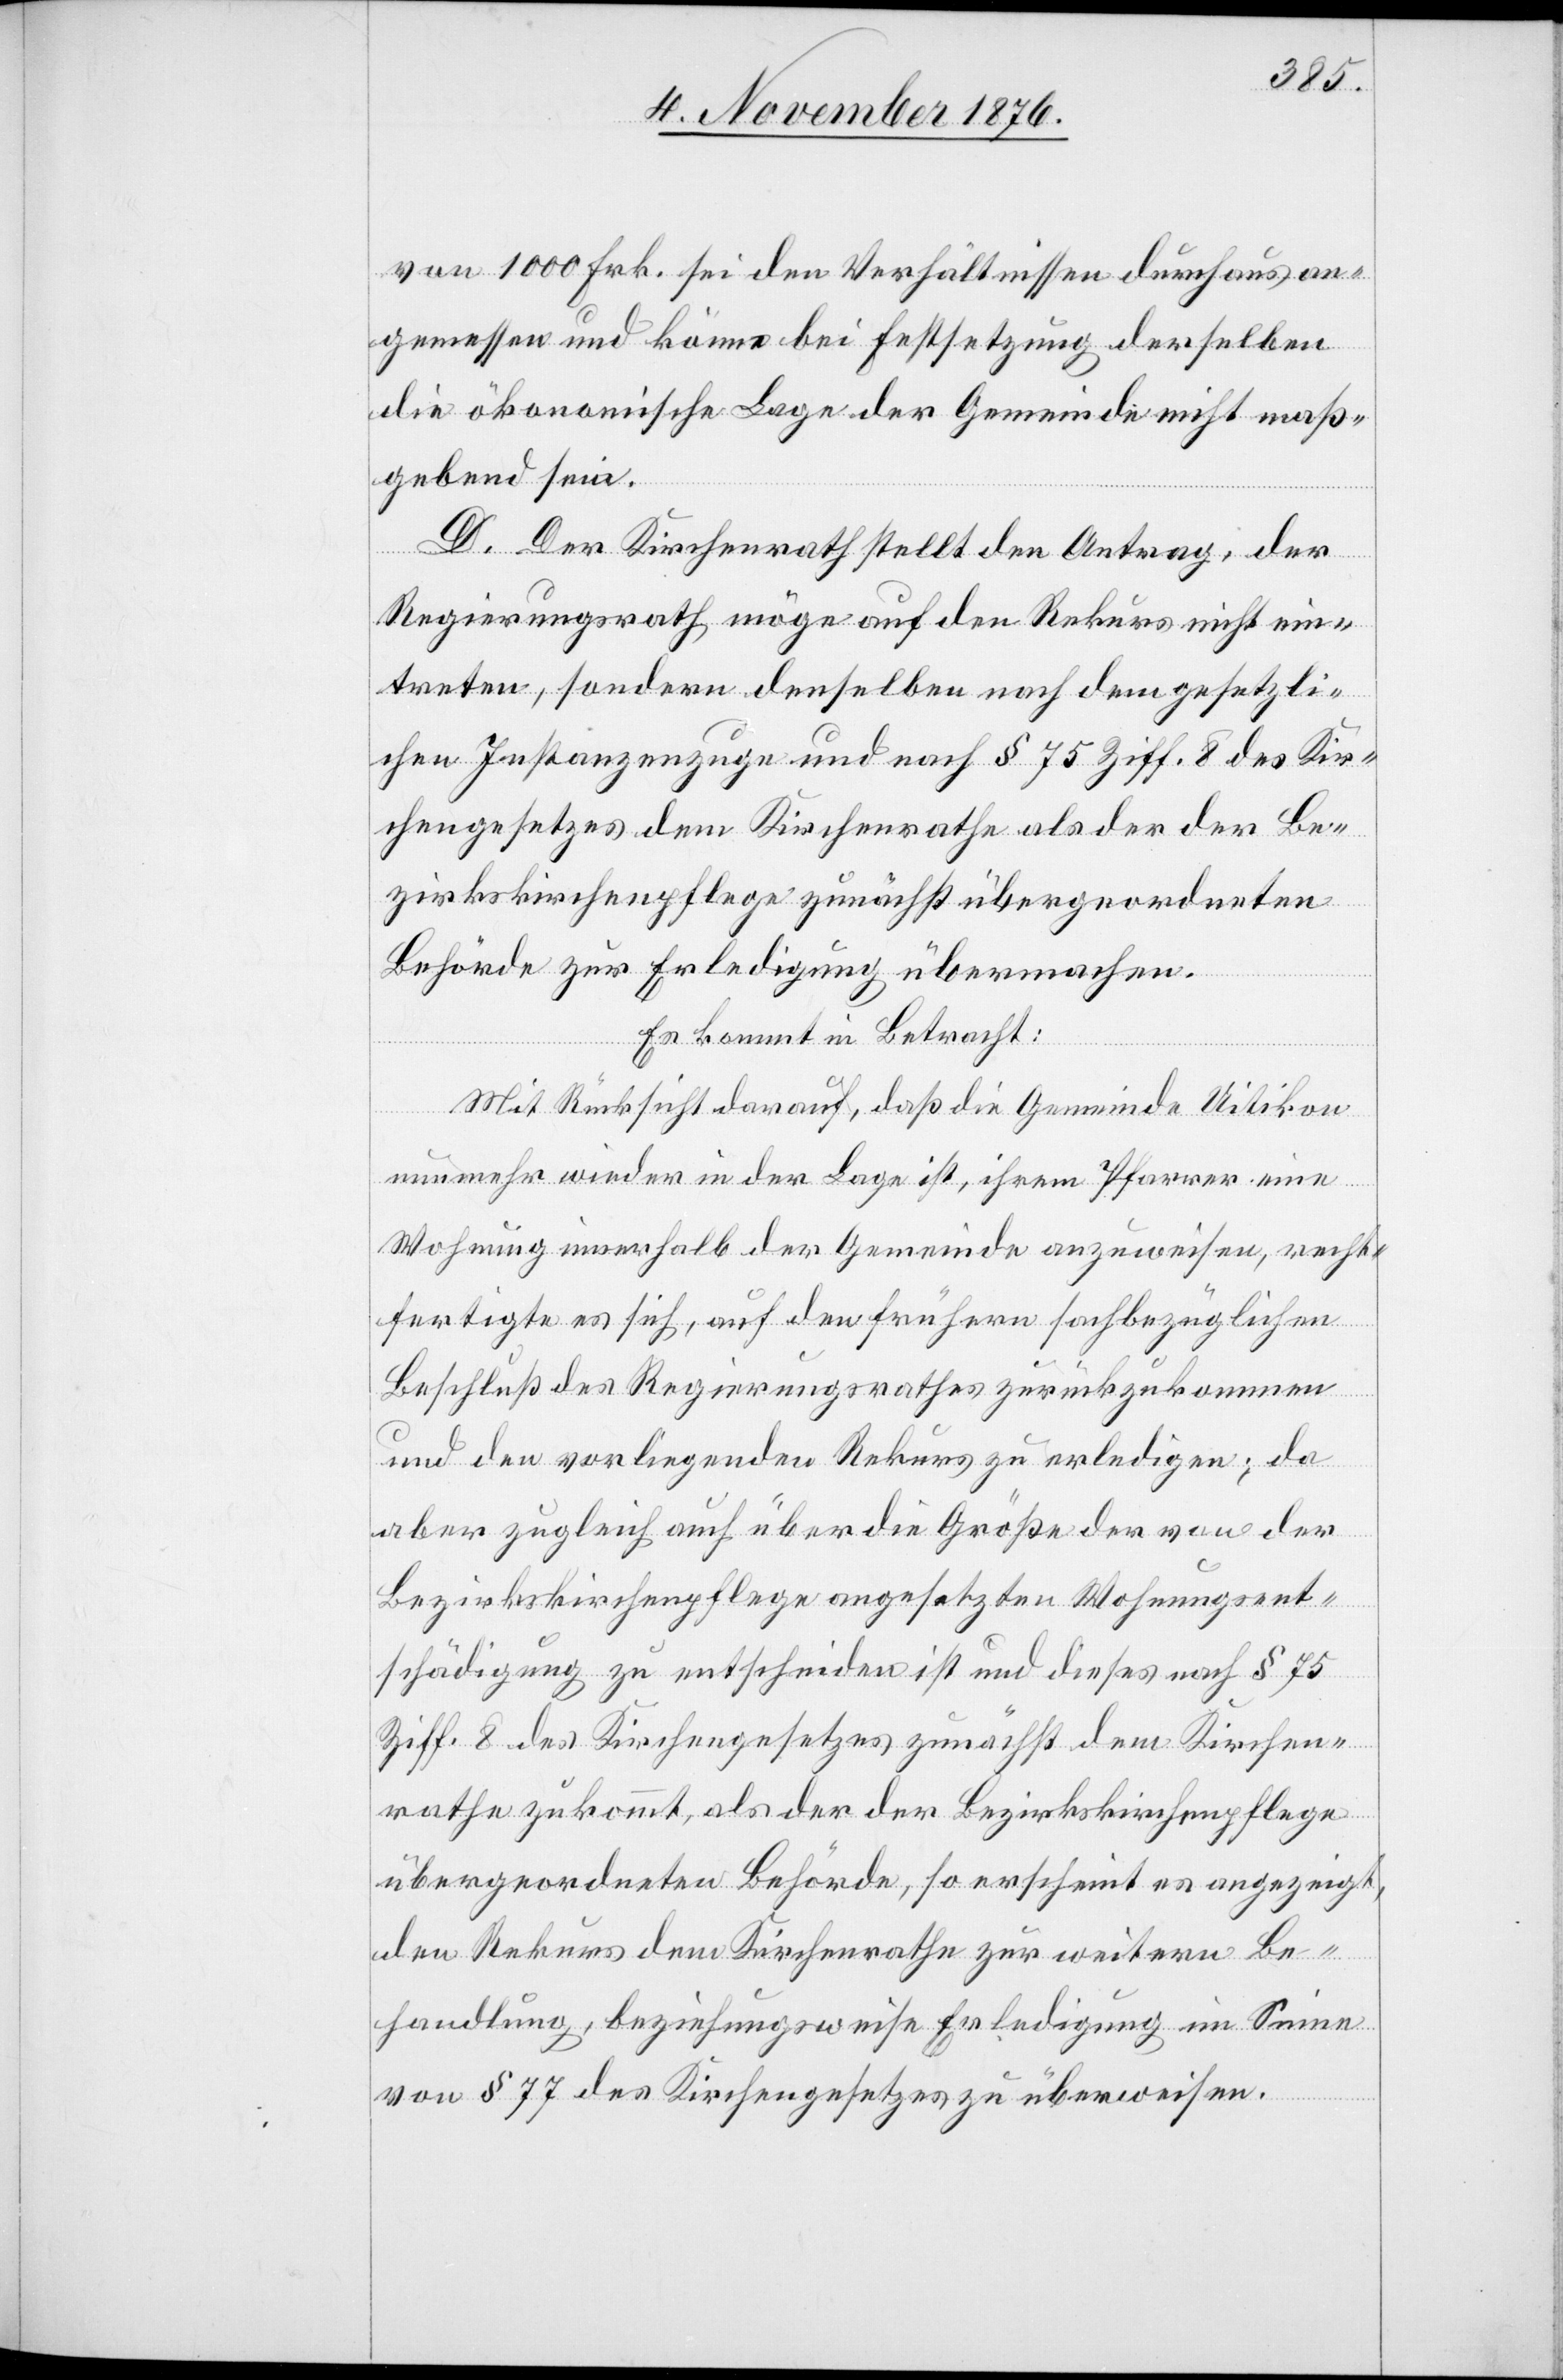
von 1000 Frk. sei den Verhältnissen durchaus an¬
gemessen und könne bei Festsetzung derselben
die ökonomische Lage der Gemeinde nicht maß¬
gebend sein.
D. Der Kirchenrath stellt den Antrag, der
Regierungsrath möge auf den Rekurs nicht ein¬
treten, sondern denselben nach dem gesetzli¬
chen Instanzenzuge und nach § 75 Ziff. 8 des Kir¬
chengesetzes dem Kirchenrathe als der der Be¬
zirkskirchenpflege zunächst übergeordneten
Behörde zur Erledigung übermachen.
Es kommt in Betracht:
Mit Rücksicht darauf, daß die Gemeinde Uitikon
nunmehr wieder in der Lage ist, ihrem Pfarrer eine
Wohnung innerhalb der Gemeinde anzuweisen, recht¬
fertigte es sich, auf den frühern sachbezüglichen
Beschluß des Regierungsrathes zurückzukommen
und den vorliegenden Rekurs zu erledigen; da
aber zugleich auch über die Größe der von der
Bezirkskirchenpflege angesetzten Wohnungsent¬
schädigung zu entscheiden ist und dieses nach § 75
Ziff. 8 des Kirchengesetzes zunächst dem Kirchen¬
rathe zukommt, als der der Bezirkskirchenpflege
übergeordneten Behörde, so erscheint es angezeigt,
den Rekurs dem Kirchenrathe zur weitern Be¬
handlung, beziehungsweise Erledigung im Sinne
von § 77 des Kirchengesetzes zu überweisen.